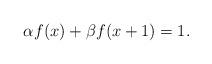
LaTeX: \begin{align*}\alpha f(x)+\beta f(x+1)=1.\end{align*}